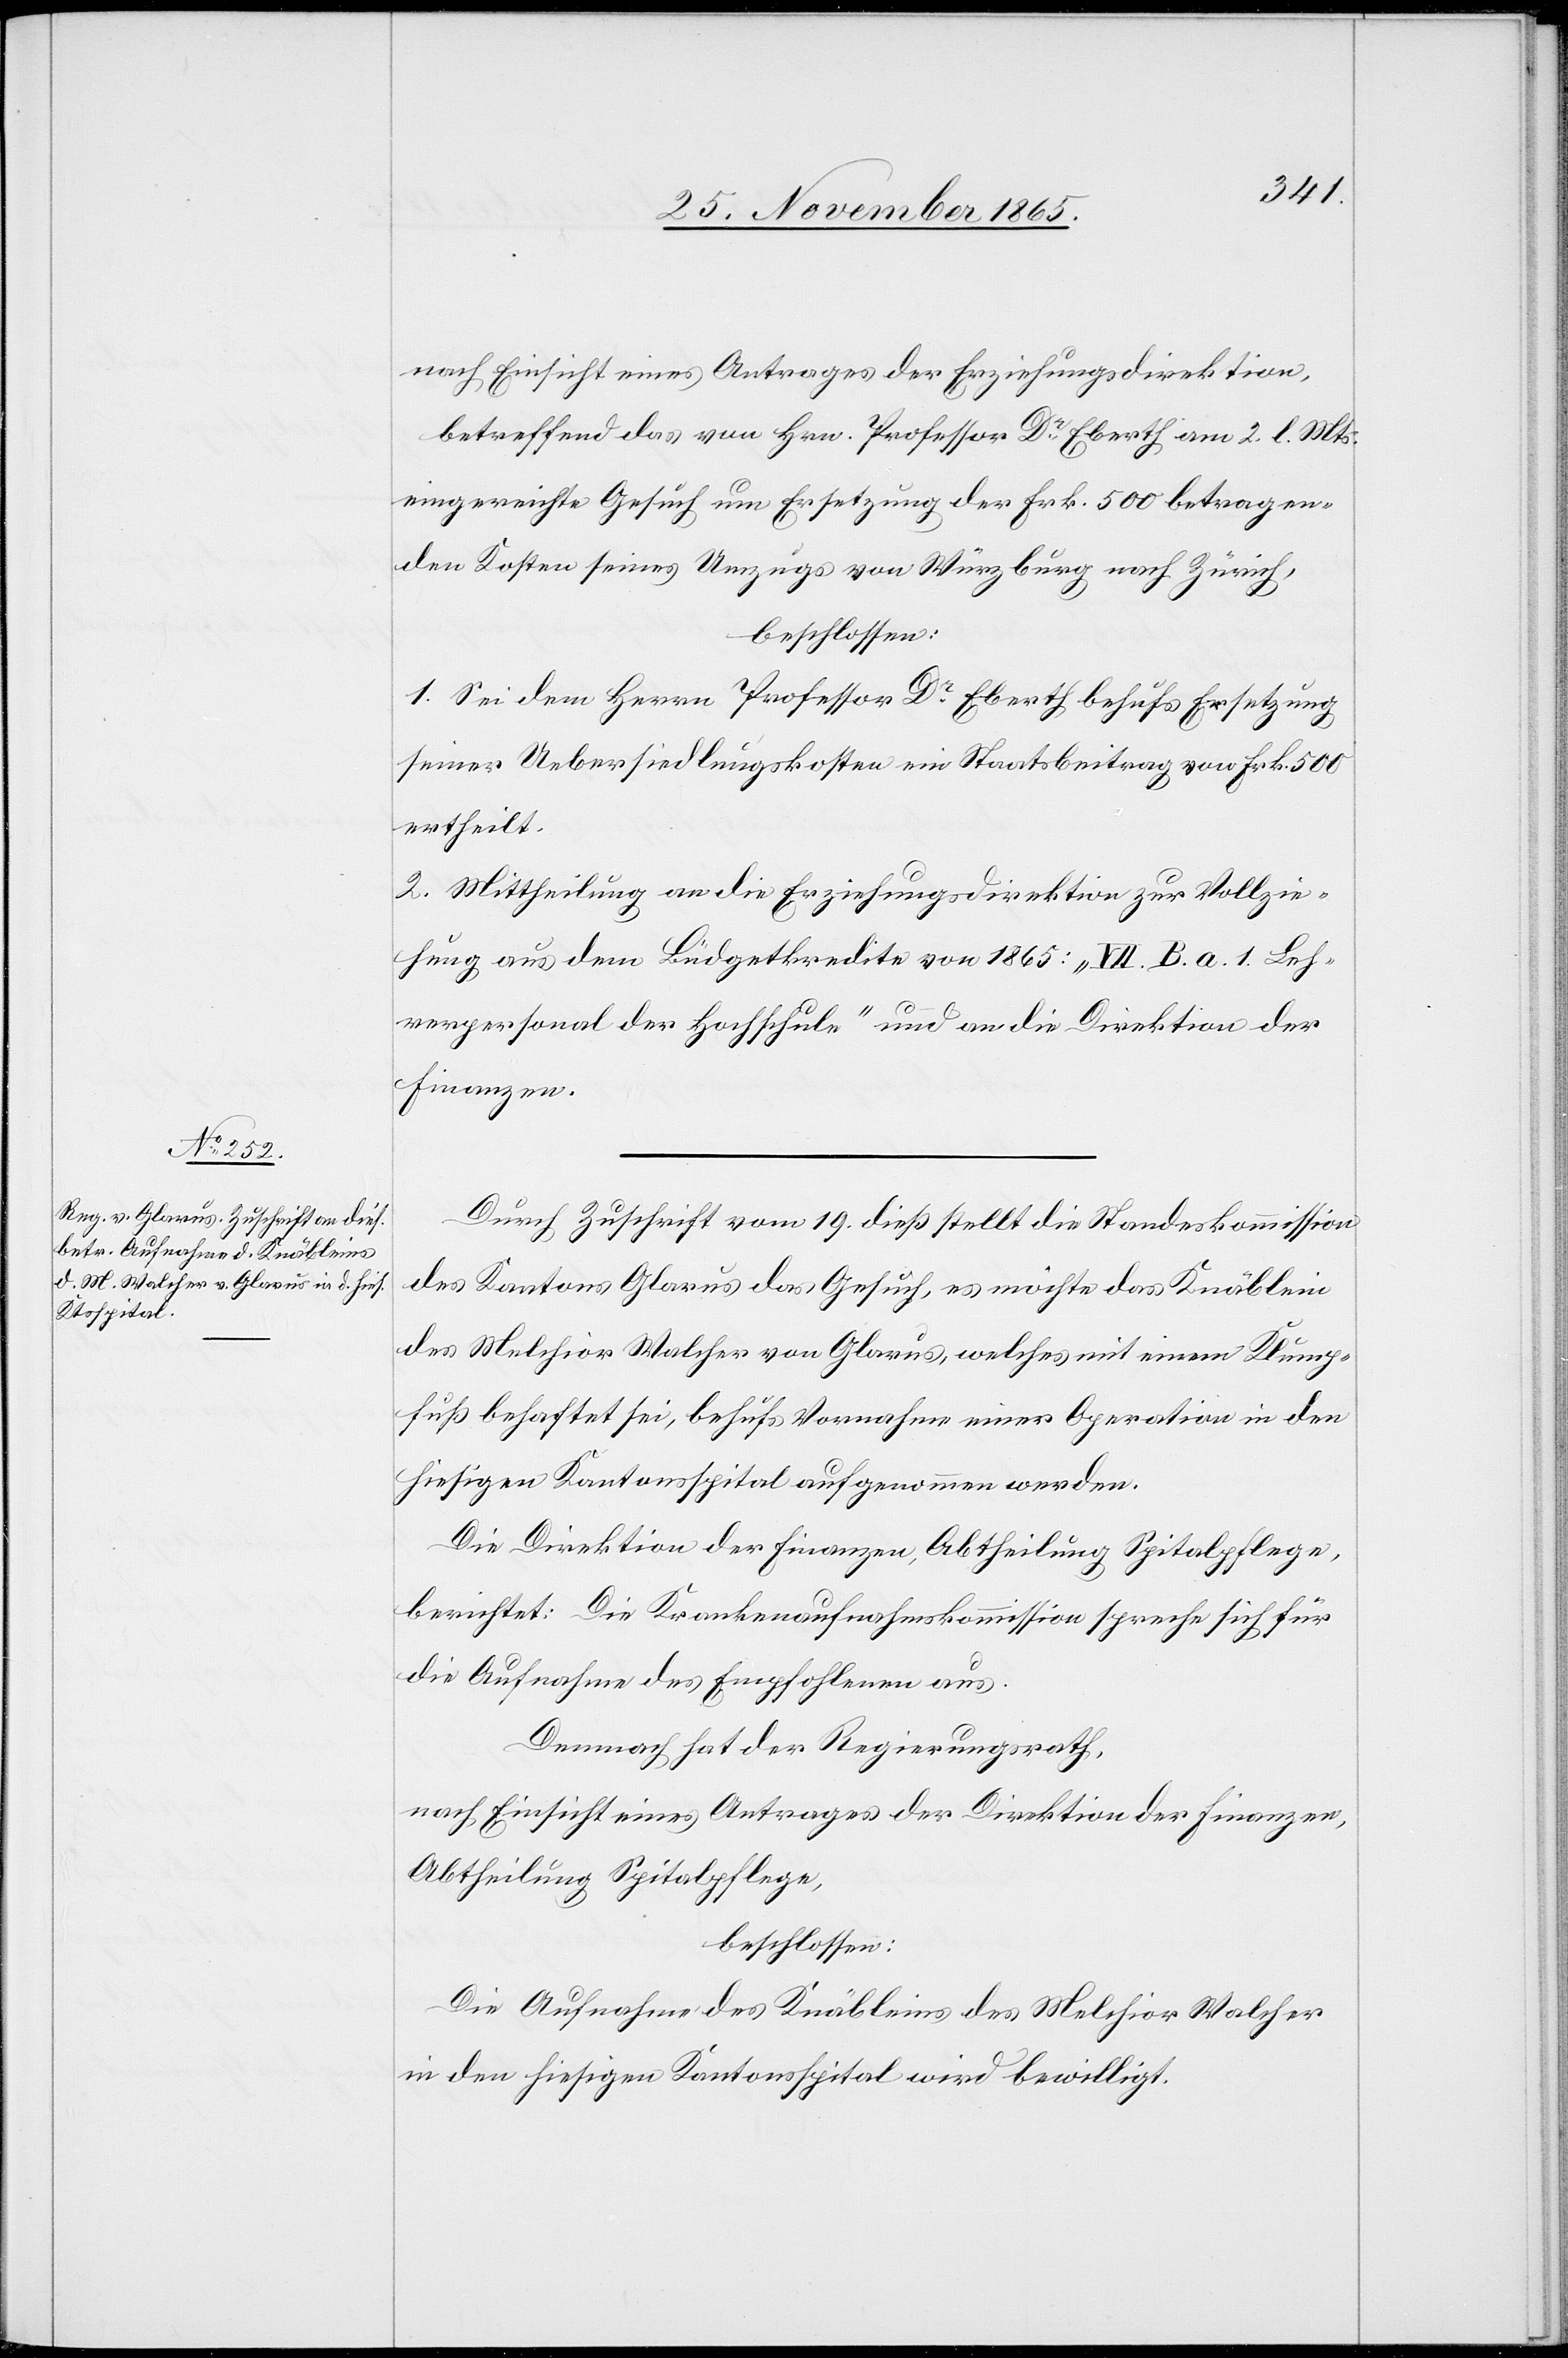
nach Einsicht eines Antrages der Erziehungsdirektion,
betreffend das von Hrn. Professor Dr Eberth am 2. l. Mts.
eingereichte Gesuch um Ersetzung der Frk. 500 betragen¬
den Kosten seines Umzugs von Würzburg nach Zürich,
beschlossen:
1. Sei dem Herrn Professor Dr Eberth behufs Ersetzung
seiner Uebersiedlungskosten ein Staatsbeitrag von Frk. 500
ertheilt.
2. Mittheilung an die Erziehungsdirektion zur Vollzie¬
hung aus dem Büdgetkredite von 1865: „VII. B. a. 1. Leh¬
rerpersonal der Hochschule“ und an die Direktion der
Finanzen.
Durch Zuschrift vom 19. dieß stellt die Standeskommission
des Kantons Glarus das Gesuch, es möchte das Knäblein
des Melchior Walcher von Glarus, welches mit einem Klump¬
fuß belastet sei, behufs Vornahme einer Operation in den
hiesigen Kantonsspital aufgenommen werden.
Die Direktion der Finanzen, Abtheilung Spitalpflege
berichtet: Die Krankenaufnahmskommission spreche sich für
die Aufnahme des Empfohlenen aus.
Demnach hat der Regierungsrath,
nach Einsicht eines Antrages der Direktion der Finanzen,
Abtheilung Spitalpflege,
beschlossen:
Die Aufnahme des Knäbleins des Melchior Walcher
in den hiesigen Kantonsspital wird bewilligt.